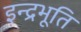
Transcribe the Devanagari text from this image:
इन्द्रभूति